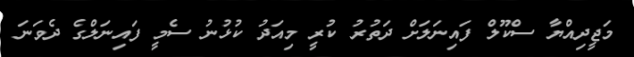
މަޖީދިއްޔާ ސްކޫލް ފައިނަލަށް ދަތުރު ކުރީ މިއަދު ކުޅުނު ސެމީ ފައިނަލްގެ ދެވަނަ